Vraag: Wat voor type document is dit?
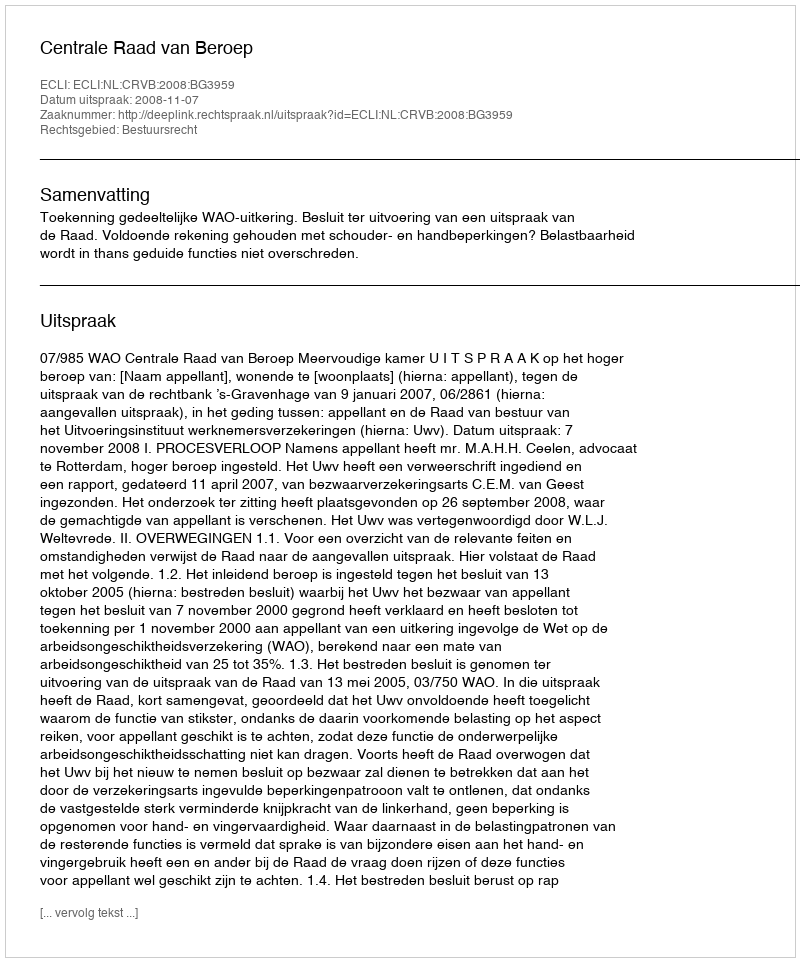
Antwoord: Uitspraak